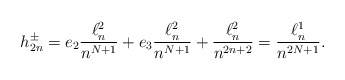
\begin{align*}h_{2n}^\pm= e_2\frac{\ell^2_n}{n^{N+1}}+ e_3 \frac{\ell^2_n}{n^{N+1}} + \frac{\ell^2_n}{n^{2n+2}}= \frac{\ell^1_n}{n^{2N+1}}.\end{align*}